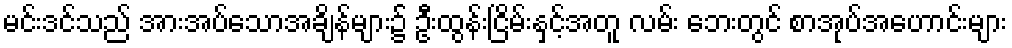
မင်းဒင်သည် အားအပ်သောအချိန်များ၌ ဦးထွန်းငြိမ်းနှင့်အတူ လမ်း ဘေးတွင် စာအုပ်အဟောင်းများ